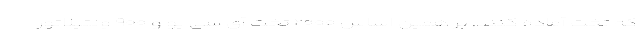
که تخت آماده کنند. بر همین اساس ۲۰۰۰ تخت آی سی یو و ۹۰۰ ونتیلاتور